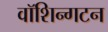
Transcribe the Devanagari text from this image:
वॉशिन्गटन